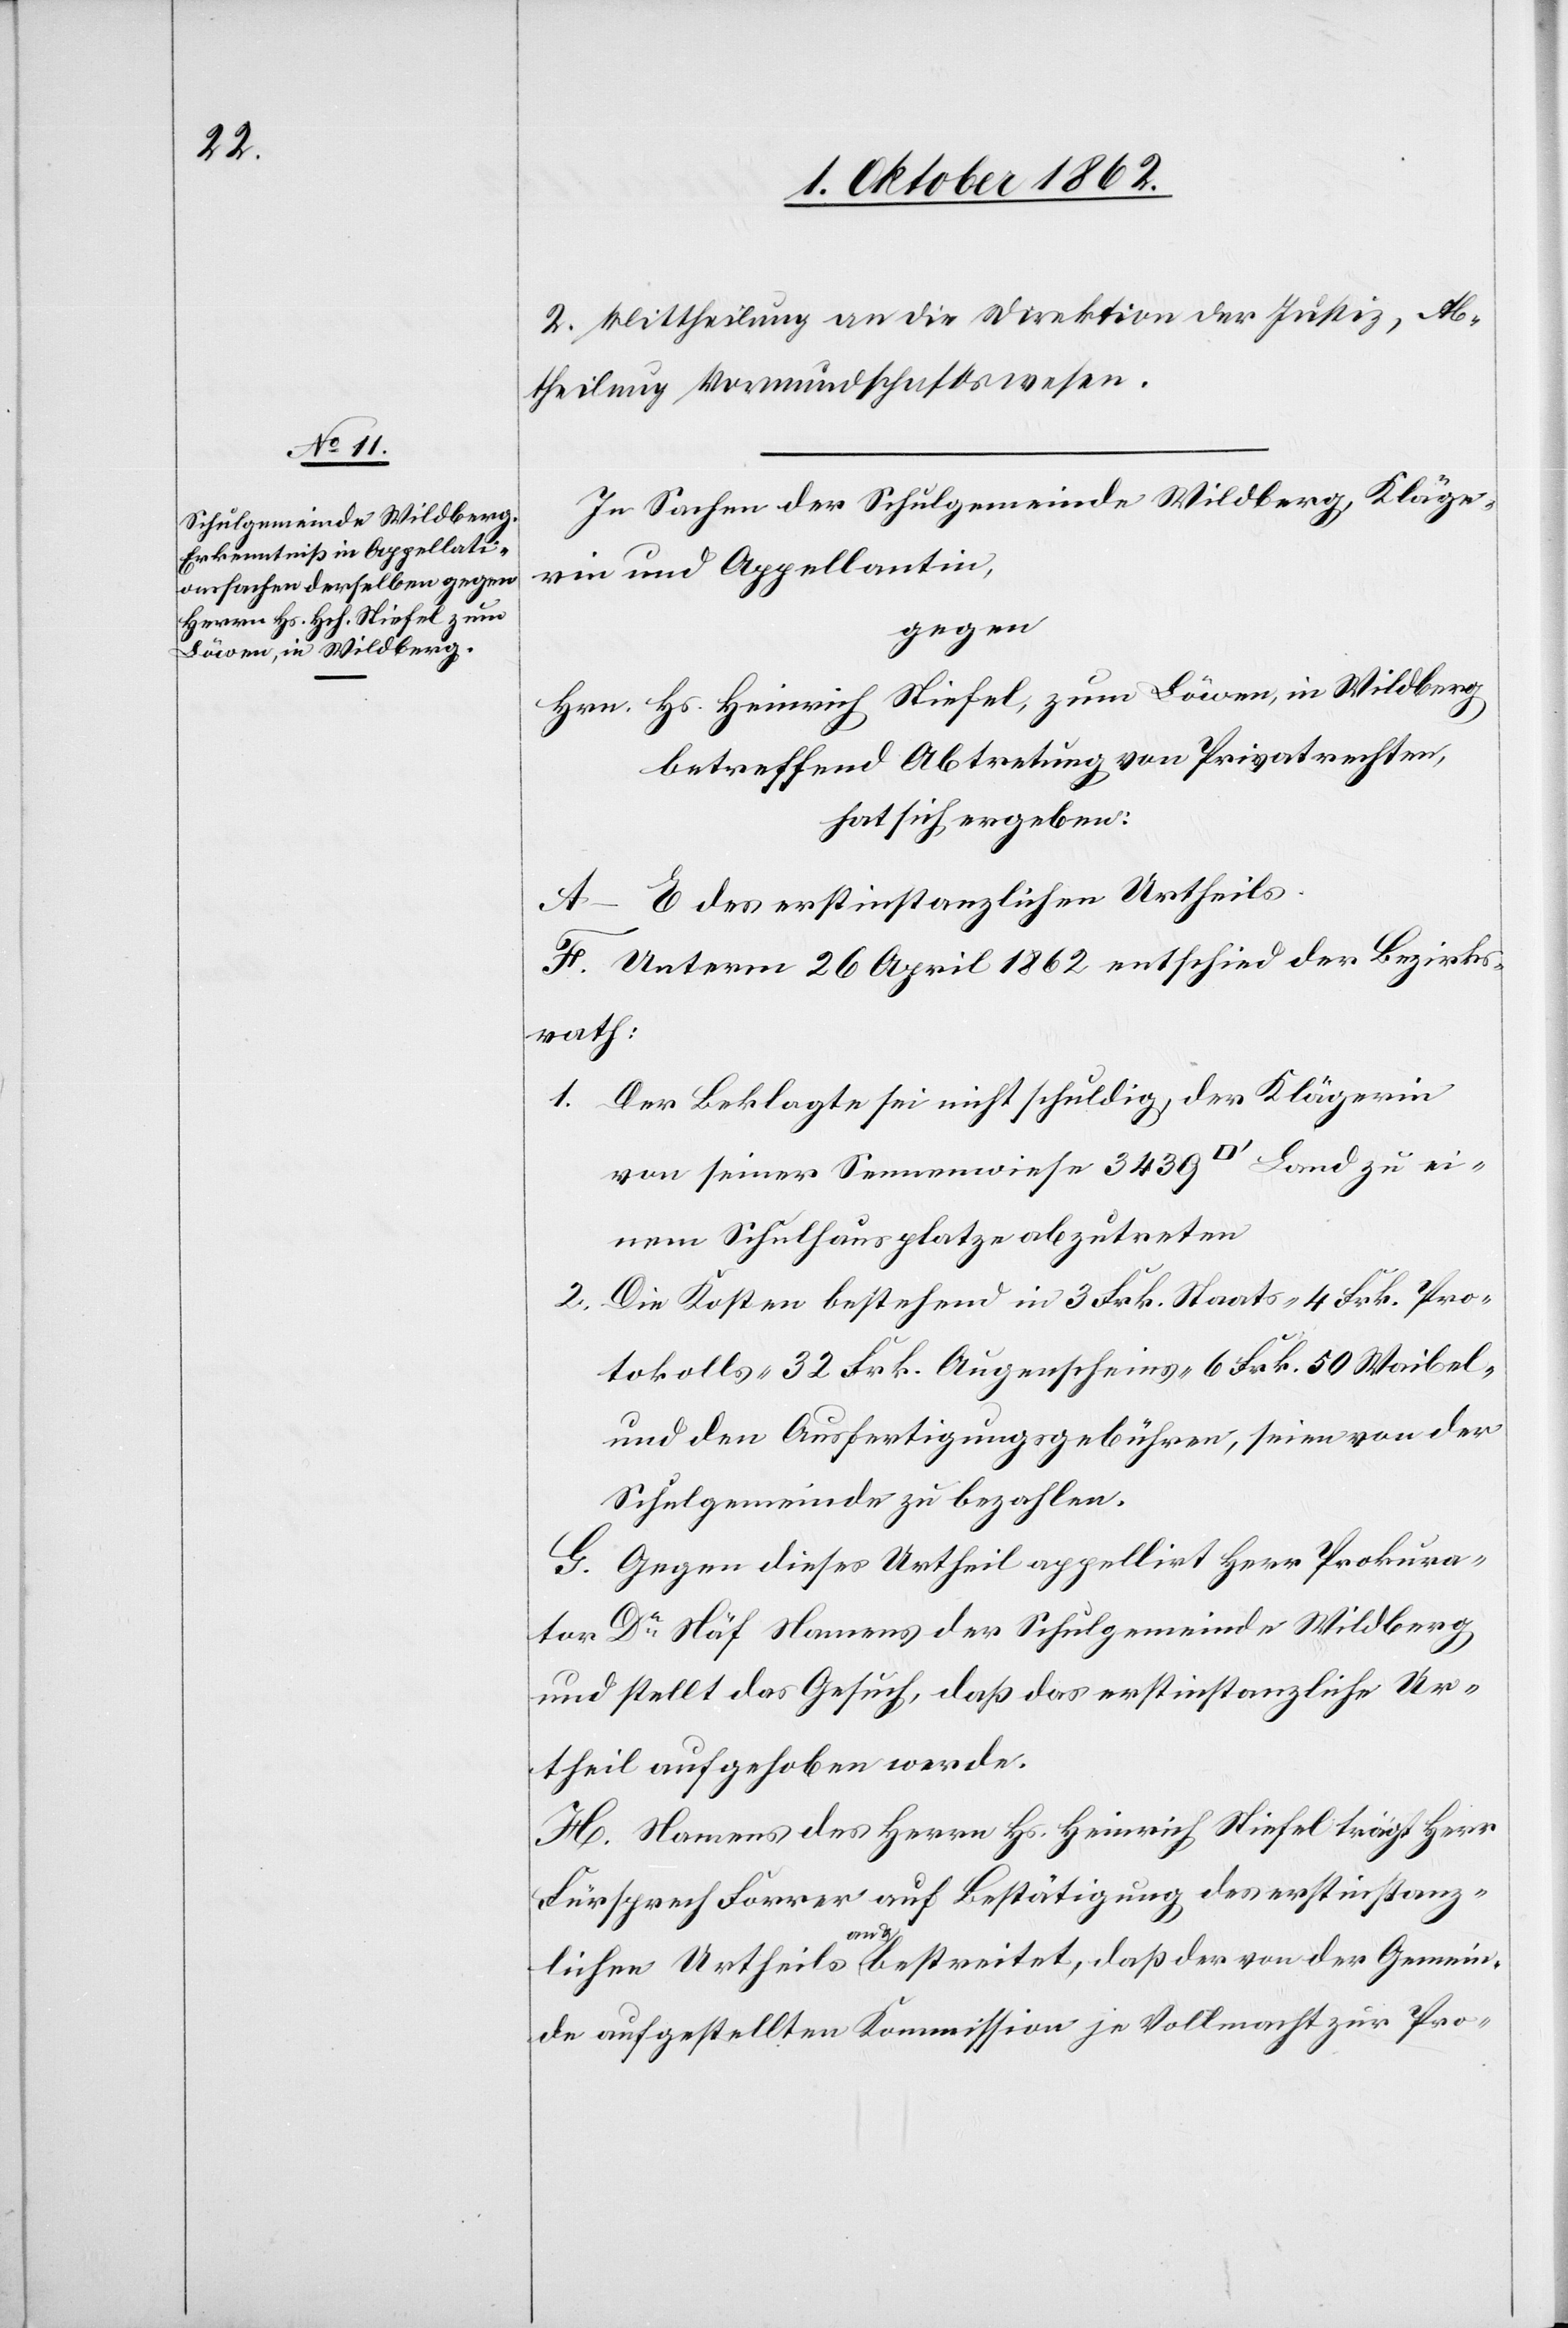
2. Mittheilung an die Direktion der Justiz, Ab¬
theilung Vormundschaftswesen.
In Sachen der Schulgemeinde Wildberg, Kläge¬
rin und Appellantin,
gegen
Hrn. Hs. Heinrich Stiefel, zum Löwen, in Wildberg
betreffend Abtretung von Privatrechten,
hat sich ergeben:
A–E. des erstinstanzlichen Urtheils.
F. Unterm 26. April 1862 entschied der Bezirks¬
rath:
1. Der Beklagte sei nicht schuldig, der Klägerin
von seiner Sennenwiese 3439 [Quadratfuß] Land zu ei¬
nem Schulhausplatze abzutreten.
2. Die Kosten bestehend in 3 Frk. Staats-[,] 4 Frk. Pro¬
tokolls-[,] 32 Frk. Augenscheins-[,] 6 Frk. 50 Waibel-
und den Ausfertigungsgebühren, seien von der
Schulgemeinde zu bezahlen.
G. Gegen dieses Urtheil appellirt Herr Prokura¬
tor Dr. Näf Namens der Schulgemeinde Wildberg,
und stellt das Gesuch, daß das erstinstanzliche Ur¬
theil aufgehoben werde.
H. Namens des Herrn Hs. Heinrich Stiefel trägt Herr
Fürsprech Furrer auf Bestätigung des erstinstanz¬
lichen Urtheils an u. bestreitet, daß der von der Gemein¬
de aufgestellten Kommission je Vollmacht zur Pro-